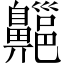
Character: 齆